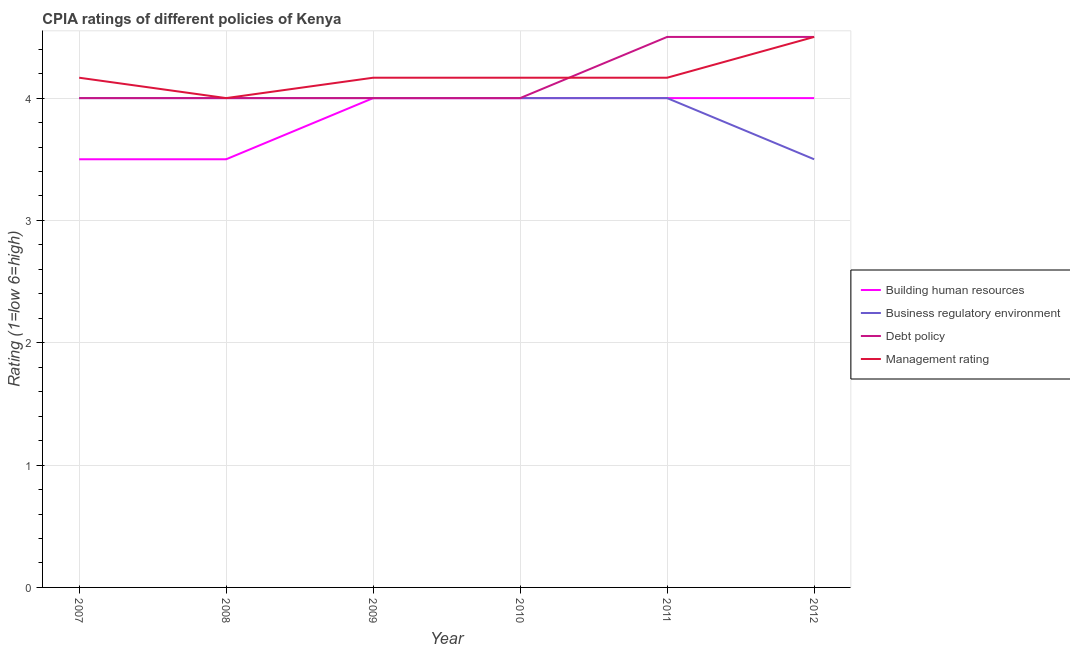
| Year | Building human resources | Business regulatory environment | Debt policy | Management rating |
 | --- | --- | --- | --- | --- |
 | 2007 | 3.5 | 4 | 4 | 4.17 |
 | 2008 | 3.5 | 4 | 4 | 4 |
 | 2009 | 4 | 4 | 4 | 4.17 |
 | 2010 | 4 | 4 | 4 | 4.17 |
 | 2011 | 4 | 4 | 4.5 | 4.17 |
 | 2012 | 4 | 3.5 | 4.5 | 4.5 |